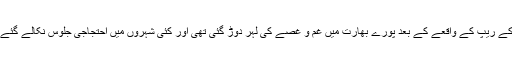
راہبہ کے ریپ کے واقعے کے بعد پورے بھارت میں غم و غصے کی لہر دوڑ گئی تھی اور کئی شہروں میں احتجاجی جلوس نکالے گئے تھے۔